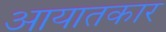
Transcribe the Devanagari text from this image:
आयातकार